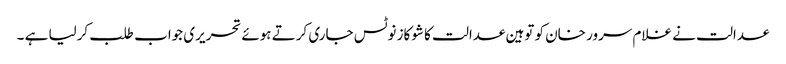
عدالت نے غلام سرور خان کو توہین عدالت کا شوکاز نوٹس جاری کرتے ہوئے تحریری جواب طلب کرلیا ہے ۔